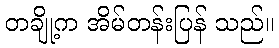
တချို့က အိမ်တန်းပြန် သည်။